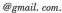
@.com.